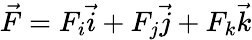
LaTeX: \vec{F}=F_{i}\vec{i}+F_{j}\vec{j}+F_{k}\vec{k}